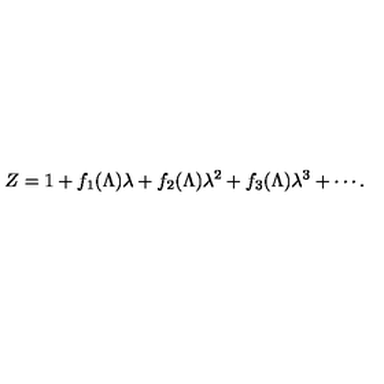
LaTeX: Z = 1 + f _ { 1 } ( \Lambda ) \lambda + f _ { 2 } ( \Lambda ) \lambda ^ { 2 } + f _ { 3 } ( \Lambda ) \lambda ^ { 3 } + \cdots .